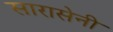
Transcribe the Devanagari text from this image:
सारासेनी